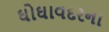
ઘોઘાવદરના